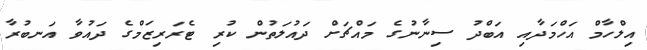
އިލްހާމް އަހްމަދާއި އަބްދު ސިނާނުގެ މައްޗަށް ދައުލަތުން ކުރި ޓެރަރިޒަމްގެ ދައުވާ އަނބުރާ